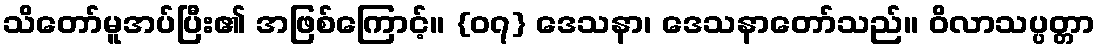
သိတော်မူအပ်ပြီး၏ အဖြစ်ကြောင့်။ {၀၇} ဒေသနာ၊ ဒေသနာတော်သည်။ ဝိလာသပ္ပတ္တာ